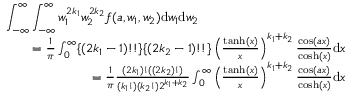
\begin{array} { r l r } { \lefteqn { \int _ { - \infty } ^ { \infty } \int _ { - \infty } ^ { \infty } w _ { 1 } ^ { 2 k _ { 1 } } w _ { 2 } ^ { 2 k _ { 2 } } f ( a , w _ { 1 } , w _ { 2 } ) \mathrm { d } w _ { 1 } \mathrm { d } w _ { 2 } } } \\ & { } & { = \frac { 1 } { \pi } \int _ { 0 } ^ { \infty } \{ ( 2 k _ { 1 } - 1 ) ! ! \} \{ ( 2 k _ { 2 } - 1 ) ! ! \} \left( \frac { \operatorname { t a n h } ( x ) } { x } \right) ^ { k _ { 1 } + k _ { 2 } } \frac { \cos ( a x ) } { \cosh ( x ) } \mathrm { d } x } \\ & { } & { = \frac { 1 } { \pi } \frac { ( 2 k _ { 1 } ) ! ( ( 2 k _ { 2 } ) ! ) } { ( k _ { 1 } ! ) ( k _ { 2 } ! ) 2 ^ { k _ { 1 } + k _ { 2 } } } \int _ { 0 } ^ { \infty } \left( \frac { \operatorname { t a n h } ( x ) } { x } \right) ^ { k _ { 1 } + k _ { 2 } } \frac { \cos ( a x ) } { \cosh ( x ) } \mathrm { d } x } \end{array}